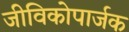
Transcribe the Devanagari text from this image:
जीविकोपार्जक